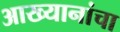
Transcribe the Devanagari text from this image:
आख्यानांचा